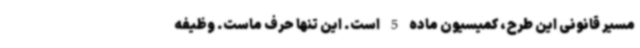
مسیر قانونی این طرح، کمیسیون ماده 5 است. این تنها حرف ماست. وظیفه